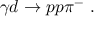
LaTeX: \gamma d \rightarrow p p \pi ^ { - } \ .